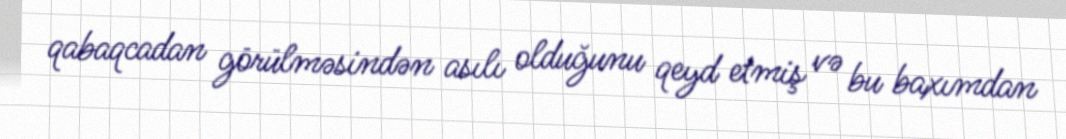
qabaqcadan görülməsindən asılı olduğunu qeyd etmiş və bu baxımdan